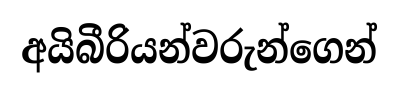
අයිබීරියන්වරුන්ගෙන්